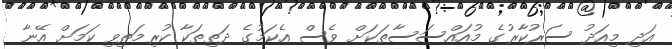
އަދި މިއަދު ސަރުކާރުގެ މުއައްސަސާތަކަށް ވެސް އެކަމުގެ ދަތިތަކާ ކުރިމަތިވި ކަމަށް އޭނާ